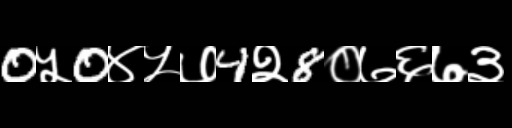
Text: 0५0४५७4२8०७६७३